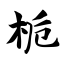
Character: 栀